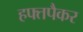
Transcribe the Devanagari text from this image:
हफ्तपैकर